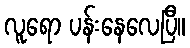
လူရော ပန်းနေလေပြီ။